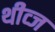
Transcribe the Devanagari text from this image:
थीव्ज